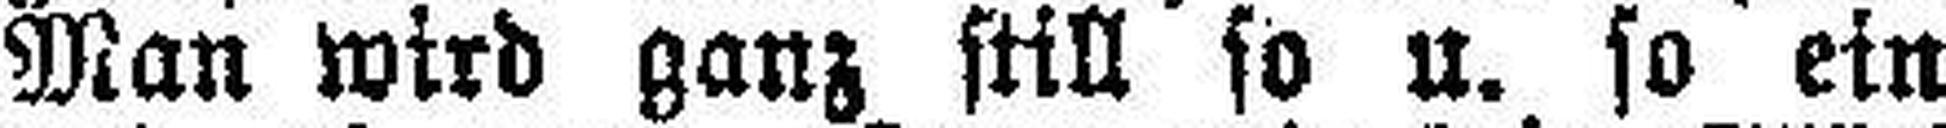
Man wird ganz still so u. so ein